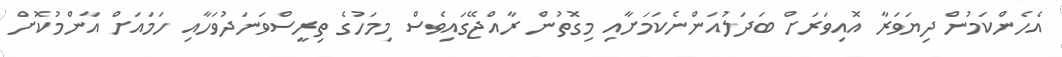
އެހެންކަމުން ދިޔަވަރާ އޮއިވަރަށް ބަދަލުއަންނެކަމަށާއި މިގޮތުން ރާއްޖޭގައިވެސް މިމަހުގެ ތިރީސްވަނަދުވަހާއި ހަމައަށް އާންމުކޮށް